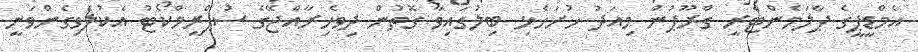
އެމްޑީޕީގެ ޕާލަމެންޓްރީ ގްރޫޕުން މިއަދު ހުށަހެޅި ބިލުގައިވާ ގޮތުން ދިވެހިރާއްޖޭގެ ސުޕްރީމްކޯޓު އެކުލެވިގެންވަނީ